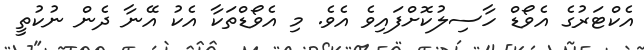
އެކްޓަރުގެ އެވޯޑް ހާސިލުކޮށްފައިވެ އެވެ. މި އެވޯޑްތަކާ އެކު އޭނާ ދެން ނުކުތީ